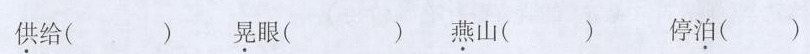
供给( ) 晃眼( ) 燕山( ) 停泊( )